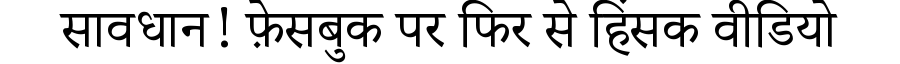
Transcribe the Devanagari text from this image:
सावधान! फ़ेसबुक पर फिर से हिंसक वीडियो